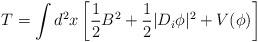
LaTeX: \begin{align*}T=\int d^{2}x\left[ \frac{1}{2}B^{2}+\frac{1}{2}|D_{i}\phi |^{2}+V(\phi )\right]\end{align*}